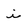
Character: i